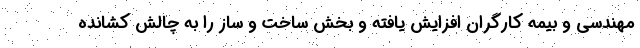
مهندسی و بیمه کارگران افزایش یافته و بخش ساخت و ساز را به چالش کشانده